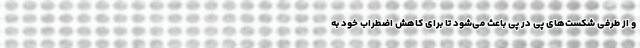
و از طرفی شکست‌های پی در پی باعث می‌شود تا برای کاهش اضطراب خود به